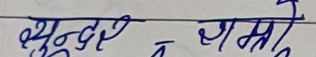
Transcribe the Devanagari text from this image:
सुन्दर या म्या